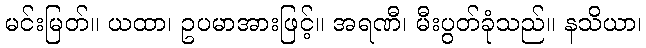
မင်းမြတ်။ ယထာ၊ ဥပမာအားဖြင့်။ အရဏီ၊ မီးပွတ်ခုံသည်။ နသိယာ၊